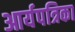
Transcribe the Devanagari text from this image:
आर्यपत्रिका